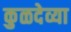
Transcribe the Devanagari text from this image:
कुळदेव्या